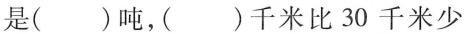
是()吨，()千米比30千米少